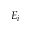
E _ { i }